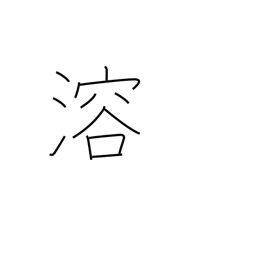
Meaning: thaw